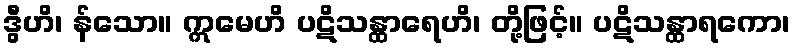
ဒွီဟိ၊ န်သော။ ဣမေဟိ ပဋိသန္ထာရေဟိ၊ တို့ဖြင့်။ ပဋိသန္ထာရကော၊